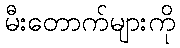
မီးတောက်များကို